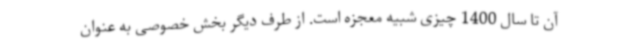
آن تا سال 1400 چیزی شبیه معجزه است. از طرف دیگر بخش خصوصی به عنوان